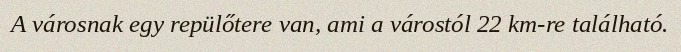
A városnak egy repülőtere van, ami a várostól 22 km-re található.